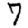
Digit: 7